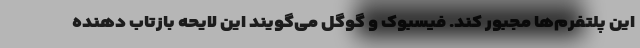
این پلتفرم‌ها مجبور کند. فیسبوک و گوگل می‌گویند این لایحه بازتاب دهنده